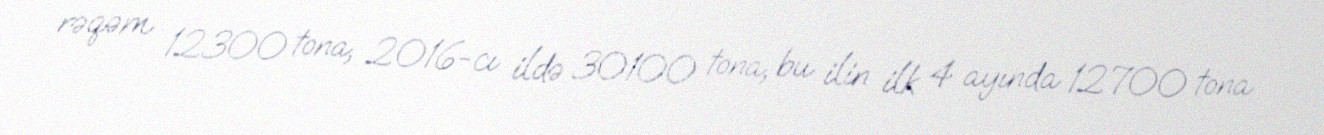
rəqəm 12300 tona, 2016-cı ildə 30100 tona, bu ilin ilk 4 ayında 12700 tona